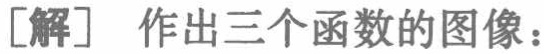
[解] 作出三个函数的图像：